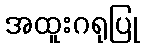
အထူးဂရုပြု